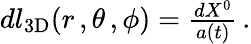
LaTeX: \begin{array}{r}{dl_{3\textrm{D}}(r\, ,\theta\, ,\phi)=\frac{dX^{0}}{a(t)}\, .}\end{array}